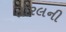
તોરલની